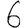
Digit: 6